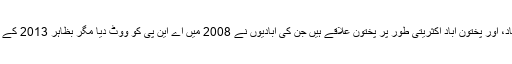
اس کے علاوہ منگھوپیر کے علاقے گلزار آباد، سلطان آباد، اور پختون آباد اکثریتی طور پر پختون علاقے ہیں جن کی آبادیوں نے 2008 میں اے این پی کو ووٹ دیا مگر بظاہر 2013 کے انتخابات میں پی ٹی آئی اور مذہبی جماعتوں کو ووٹ دیا۔